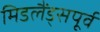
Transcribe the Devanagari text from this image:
मिडलैंड्सपूर्व